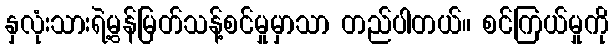
နှလုံးသားရဲ့မွန်မြတ်သန့်စင်မှုမှာသာ တည်ပါတယ်။ စင်ကြယ်မှုကို